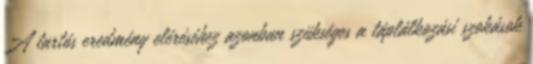
A tartós eredmény eléréséhez azonban szükséges a táplálkozási szokások